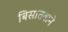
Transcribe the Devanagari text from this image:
बिसातबाने